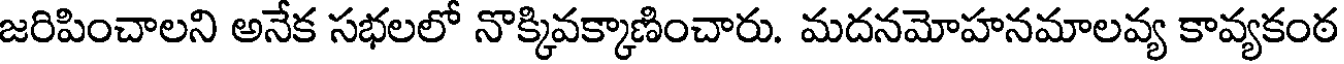
జరిపించాలని అనేక సభలలో నొక్కివక్కాణించారు. మదనమోహనమాలవ్య కావ్యకంఠ